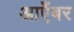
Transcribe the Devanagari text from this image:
आएँबर